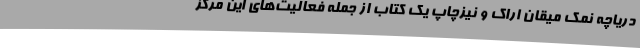
دریاچه نمک میقان اراک و نیزچاپ یک کتاب از جمله فعالیت‌های این مرکز